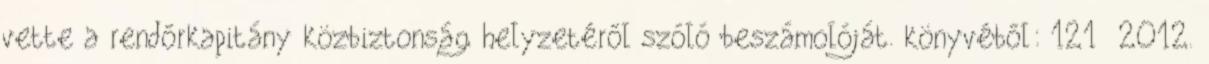
vette a rendőrkapitány közbiztonság helyzetéről szóló beszámolóját. könyvéből: 121 2012.